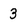
Character: 3